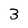
Character: 3